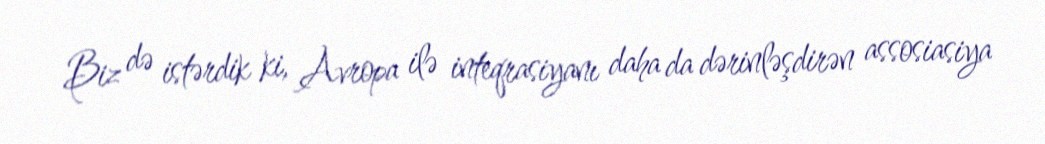
Biz də istərdik ki, Avropa ilə inteqrasiyanı daha da dərinləşdirən assosiasiya